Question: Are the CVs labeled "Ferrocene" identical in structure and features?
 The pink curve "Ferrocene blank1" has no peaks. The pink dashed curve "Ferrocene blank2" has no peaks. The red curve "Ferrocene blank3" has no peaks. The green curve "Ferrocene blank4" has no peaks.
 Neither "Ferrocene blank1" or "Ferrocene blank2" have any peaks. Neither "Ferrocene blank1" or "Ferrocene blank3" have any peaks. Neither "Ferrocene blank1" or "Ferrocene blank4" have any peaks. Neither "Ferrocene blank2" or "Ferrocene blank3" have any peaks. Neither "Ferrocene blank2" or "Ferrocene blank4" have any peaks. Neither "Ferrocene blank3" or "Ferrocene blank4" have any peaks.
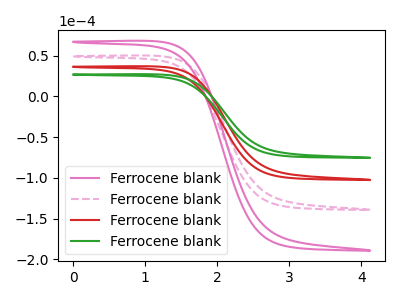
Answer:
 <answer>All the CV's of "Ferrocene" have similar shape.</answer>
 <eval>follow_rule</eval>